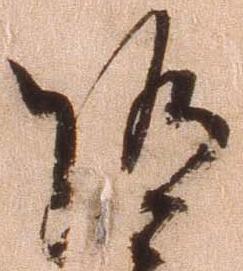
随